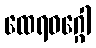
ထေရဝဂ္ဂေါ